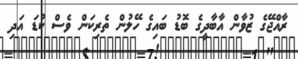
ރާއްޖޭގެ ޒުވާން އާބާދީގެ ބޮޑު ބައިގެ ހޭލުން ތެރިކަން ވެސް ކުޑަ އަދި